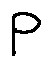
p